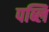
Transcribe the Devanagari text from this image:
पब्लि